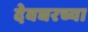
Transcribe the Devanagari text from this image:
देवघरच्या